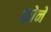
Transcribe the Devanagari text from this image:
फोने